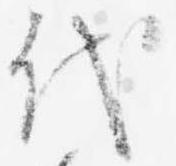
代